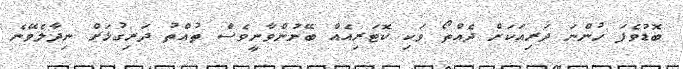
ބޮޑުވެފަ ހުންނަ ދަރިއަކަށް ދެއްތޯ ވަކި ކޮޓަރިއެއް ބޭނުންވާނީވެސް ތުއްތު ދަރިގުޅަށް ނިދާލެވޭނެ